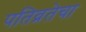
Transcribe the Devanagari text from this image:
पतिव्रतेचा